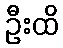
ဦးထိ